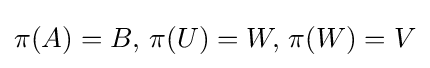
\pi (A)=B,\,\pi (U)=W,\,\pi (W)=V